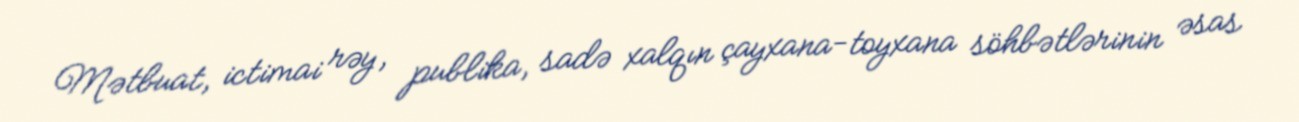
Mətbuat, ictimai rəy, publika, sadə xalqın çayxana-toyxana söhbətlərinin əsas